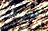
سيد